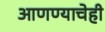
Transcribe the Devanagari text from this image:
आणण्याचेही